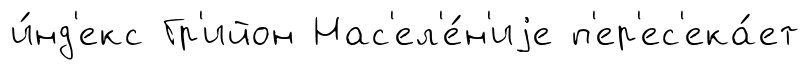
и́нд'екс Гр'ийон Нас'ел'е́н'иjе п'ер'ес'ека́ет